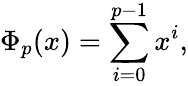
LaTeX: \Phi_{p}(x)=\sum_{i=0}^{p-1}x^{i},